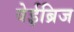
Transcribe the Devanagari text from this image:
वेईब्रिज